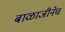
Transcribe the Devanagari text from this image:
बाळाजीनेच